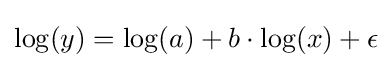
\log(y)=\log(a)+b\cdot \log(x)+\epsilon